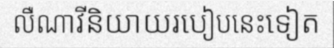
លឺណាវីនិយាយរបៀបនេះទៀត